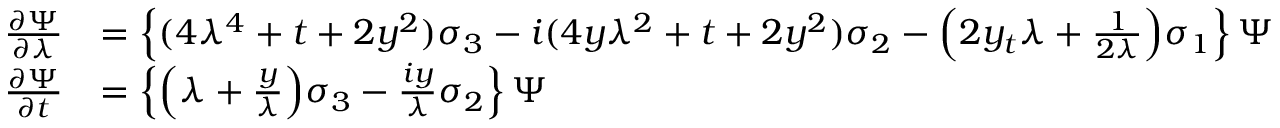
\begin{array} { r l } { \frac { \partial \Psi } { \partial \lambda } } & { = \left\{ ( 4 \lambda ^ { 4 } + t + 2 y ^ { 2 } ) \sigma _ { 3 } - i ( 4 y \lambda ^ { 2 } + t + 2 y ^ { 2 } ) \sigma _ { 2 } - \Big ( 2 y _ { t } \lambda + \frac { 1 } { 2 \lambda } \Big ) \sigma _ { 1 } \right\} \Psi } \\ { \frac { \partial \Psi } { \partial t } } & { = \left\{ \Big ( \lambda + \frac { y } { \lambda } \Big ) \sigma _ { 3 } - \frac { i y } { \lambda } \sigma _ { 2 } \right\} \Psi } \end{array}